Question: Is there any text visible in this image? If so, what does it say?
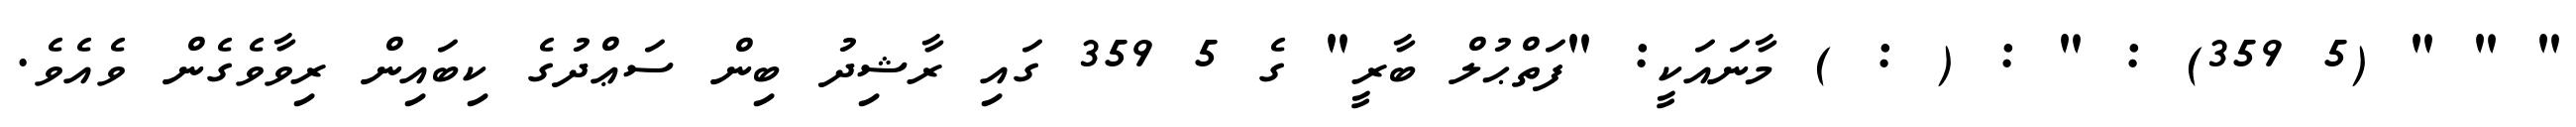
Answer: " " " (5 359) : " : ( : ) މާނައަކީ: "ފަތްޙުލް ބާރީ" ގެ 5 359 ގައި ރާޝިދު ބިން ސަޢްދުގެ ކިބައިން ރިވާވެގެން ވެއެވެ.